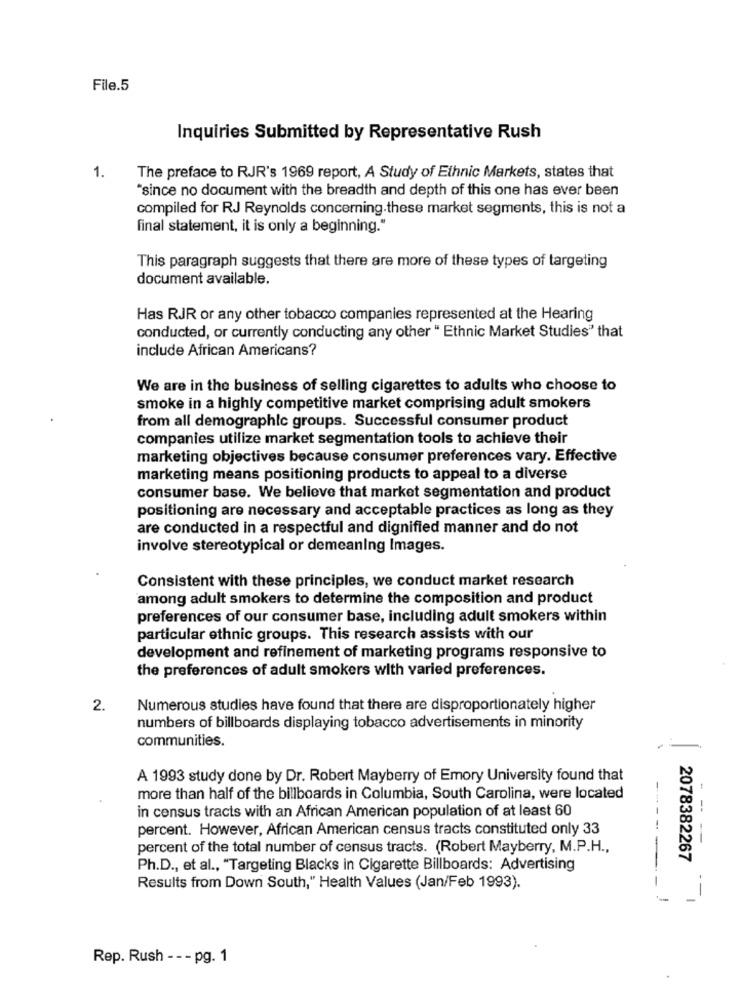
File.5
Inquiries Submitted by Representative Rush
1.
The preface to RJR's 1969 report, A Study of Ethnic Markets, states that
"since no document with the breadth and depth of this one has ever been
compiled for RJ Reynolds concerning.these market segments, this is not a
final statement, it is only a beginning."
This paragraph suggests that there are more of these types of targeting
document available.
Has RJR or any other tobacco companies represented at the Hearing
conducted, or currently conducting any other " Ethnic Market Studies" that
include African Americans?
We are in the business of selling cigarettes to adults who choose to
smoke in a highly competitive market comprising adult smokers
from all demographic groups. Successful consumer product
companies utilize market segmentation tools to achieve their
marketing objectives because consumer preferences vary. Effective
marketing means positioning products to appeal to a diverse
consumer base. We believe that market segmentation and product
positioning are necessary and acceptable practices as long as they
are conducted in a respectful and dignified manner and do not
involve stereotypical or demeaning Images.
Consistent with these principles, we conduct market research
among adult smokers to determine the composition and product
preferences of our consumer base, including adult smokers within
particular ethnic groups. This research assists with our
development and refinement of marketing programs responsive to
the preferences of adult smokers with varied preferences.
2.
Numerous studies have found that there are disproportionately higher
numbers of billboards displaying tobacco advertisements in minority
communities.
A 1993 study done by Dr. Robert Mayberry of Emory University found that
more than half of the billboards in Columbia, South Carolina, were located
in census tracts with an African American population of at least 60
percent. However, African American census tracts constituted only 33
-
percent of the total number of census tracts. (Robert Mayberry, M.P.H .,
2078382267
Ph.D ., et al ., "Targeting Blacks in Cigarette Billboards: Advertising
Results from Down South," Health Values (Jan/Feb 1993).
-
Rep. Rush - - - pg. 1